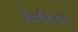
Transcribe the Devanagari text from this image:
सैलसियस